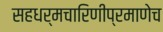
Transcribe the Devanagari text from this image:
सहधर्मचारिणीप्रमाणेच